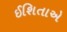
ઈશિતાએ